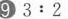
⑨$$3:2$$